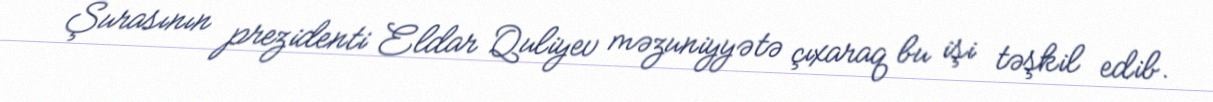
Şurasının prezidenti Eldar Quliyev məzuniyyətə çıxaraq bu işi təşkil edib.